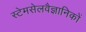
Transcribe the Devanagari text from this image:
स्टेमसेलवैज्ञानिकों